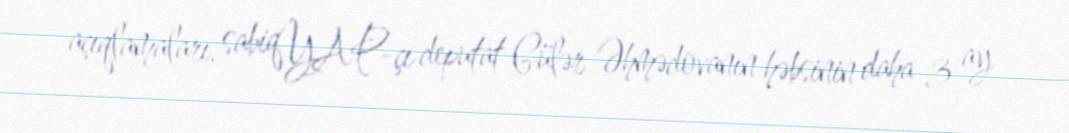
açıqlamaları, sabiq YAP-çı deputat Gülər Əhmədovanın həbsinin daha 3 ay